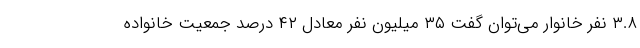
۳.۸ نفر خانوار می‌توان گفت ۳۵ میلیون نفر معادل ۴۲ درصد جمعیت خانواده